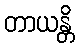
တာယန္တိ